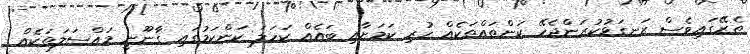
ތެރޭގައިވެސް ރަނގަޅުކުރަންޖެހޭ ކަންތައްތަކެއް ހުރި ކަމަށާއި ބައެއް ކަހަލަ ކަންކަމުގައި ގާނޫނީ މައްސަލަތަކެއް